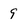
Character: 9